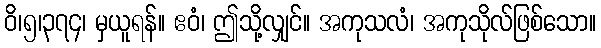
ဝိ၊၅၊၃၇၄၊ မှယူရန်။ ဧဝံ၊ ဤသို့လျှင်။ အကုသလံ၊ အကုသိုလ်ဖြစ်သော။